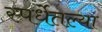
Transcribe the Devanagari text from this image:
स्पर्धेतल्या